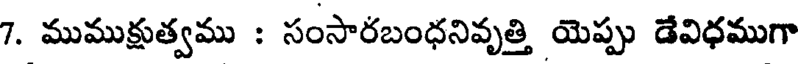
7. ముముక్షుత్వము : సంసారబంధనివృత్తి యెప్పు డేవిధముగా